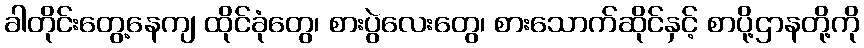
ခါတိုင်းတွေ့နေကျ ထိုင်ခုံတွေ၊ စားပွဲလေးတွေ၊ စားသောက်ဆိုင်နှင့် စာပို့ဌာနတို့ကို